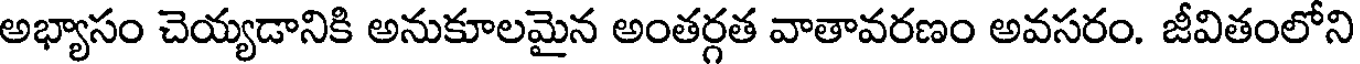
అభ్యాసం చెయ్యడానికి అనుకూలమైన అంతర్గత వాతావరణం అవసరం. జీవితంలోని